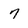
Character: 7